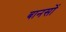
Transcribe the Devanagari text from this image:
बानसों